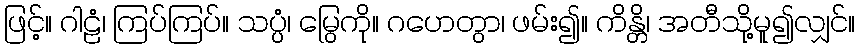
ဖြင့်။ ဂါဠံ၊ ကြပ်ကြပ်။ သပ္ပံ၊ မြွေကို။ ဂဟေတွာ၊ ဖမ်း၍။ ကိန္တိ၊ အတီသို့မူ၍လျှင်။